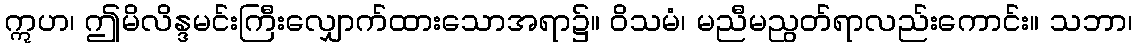
ဣဟ၊ ဤမိလိန္ဒမင်းကြီးလျှောက်ထားသောအရာ၌။ ဝိသမံ၊ မညီမညွတ်ရာလည်းကောင်း။ သဘာ၊